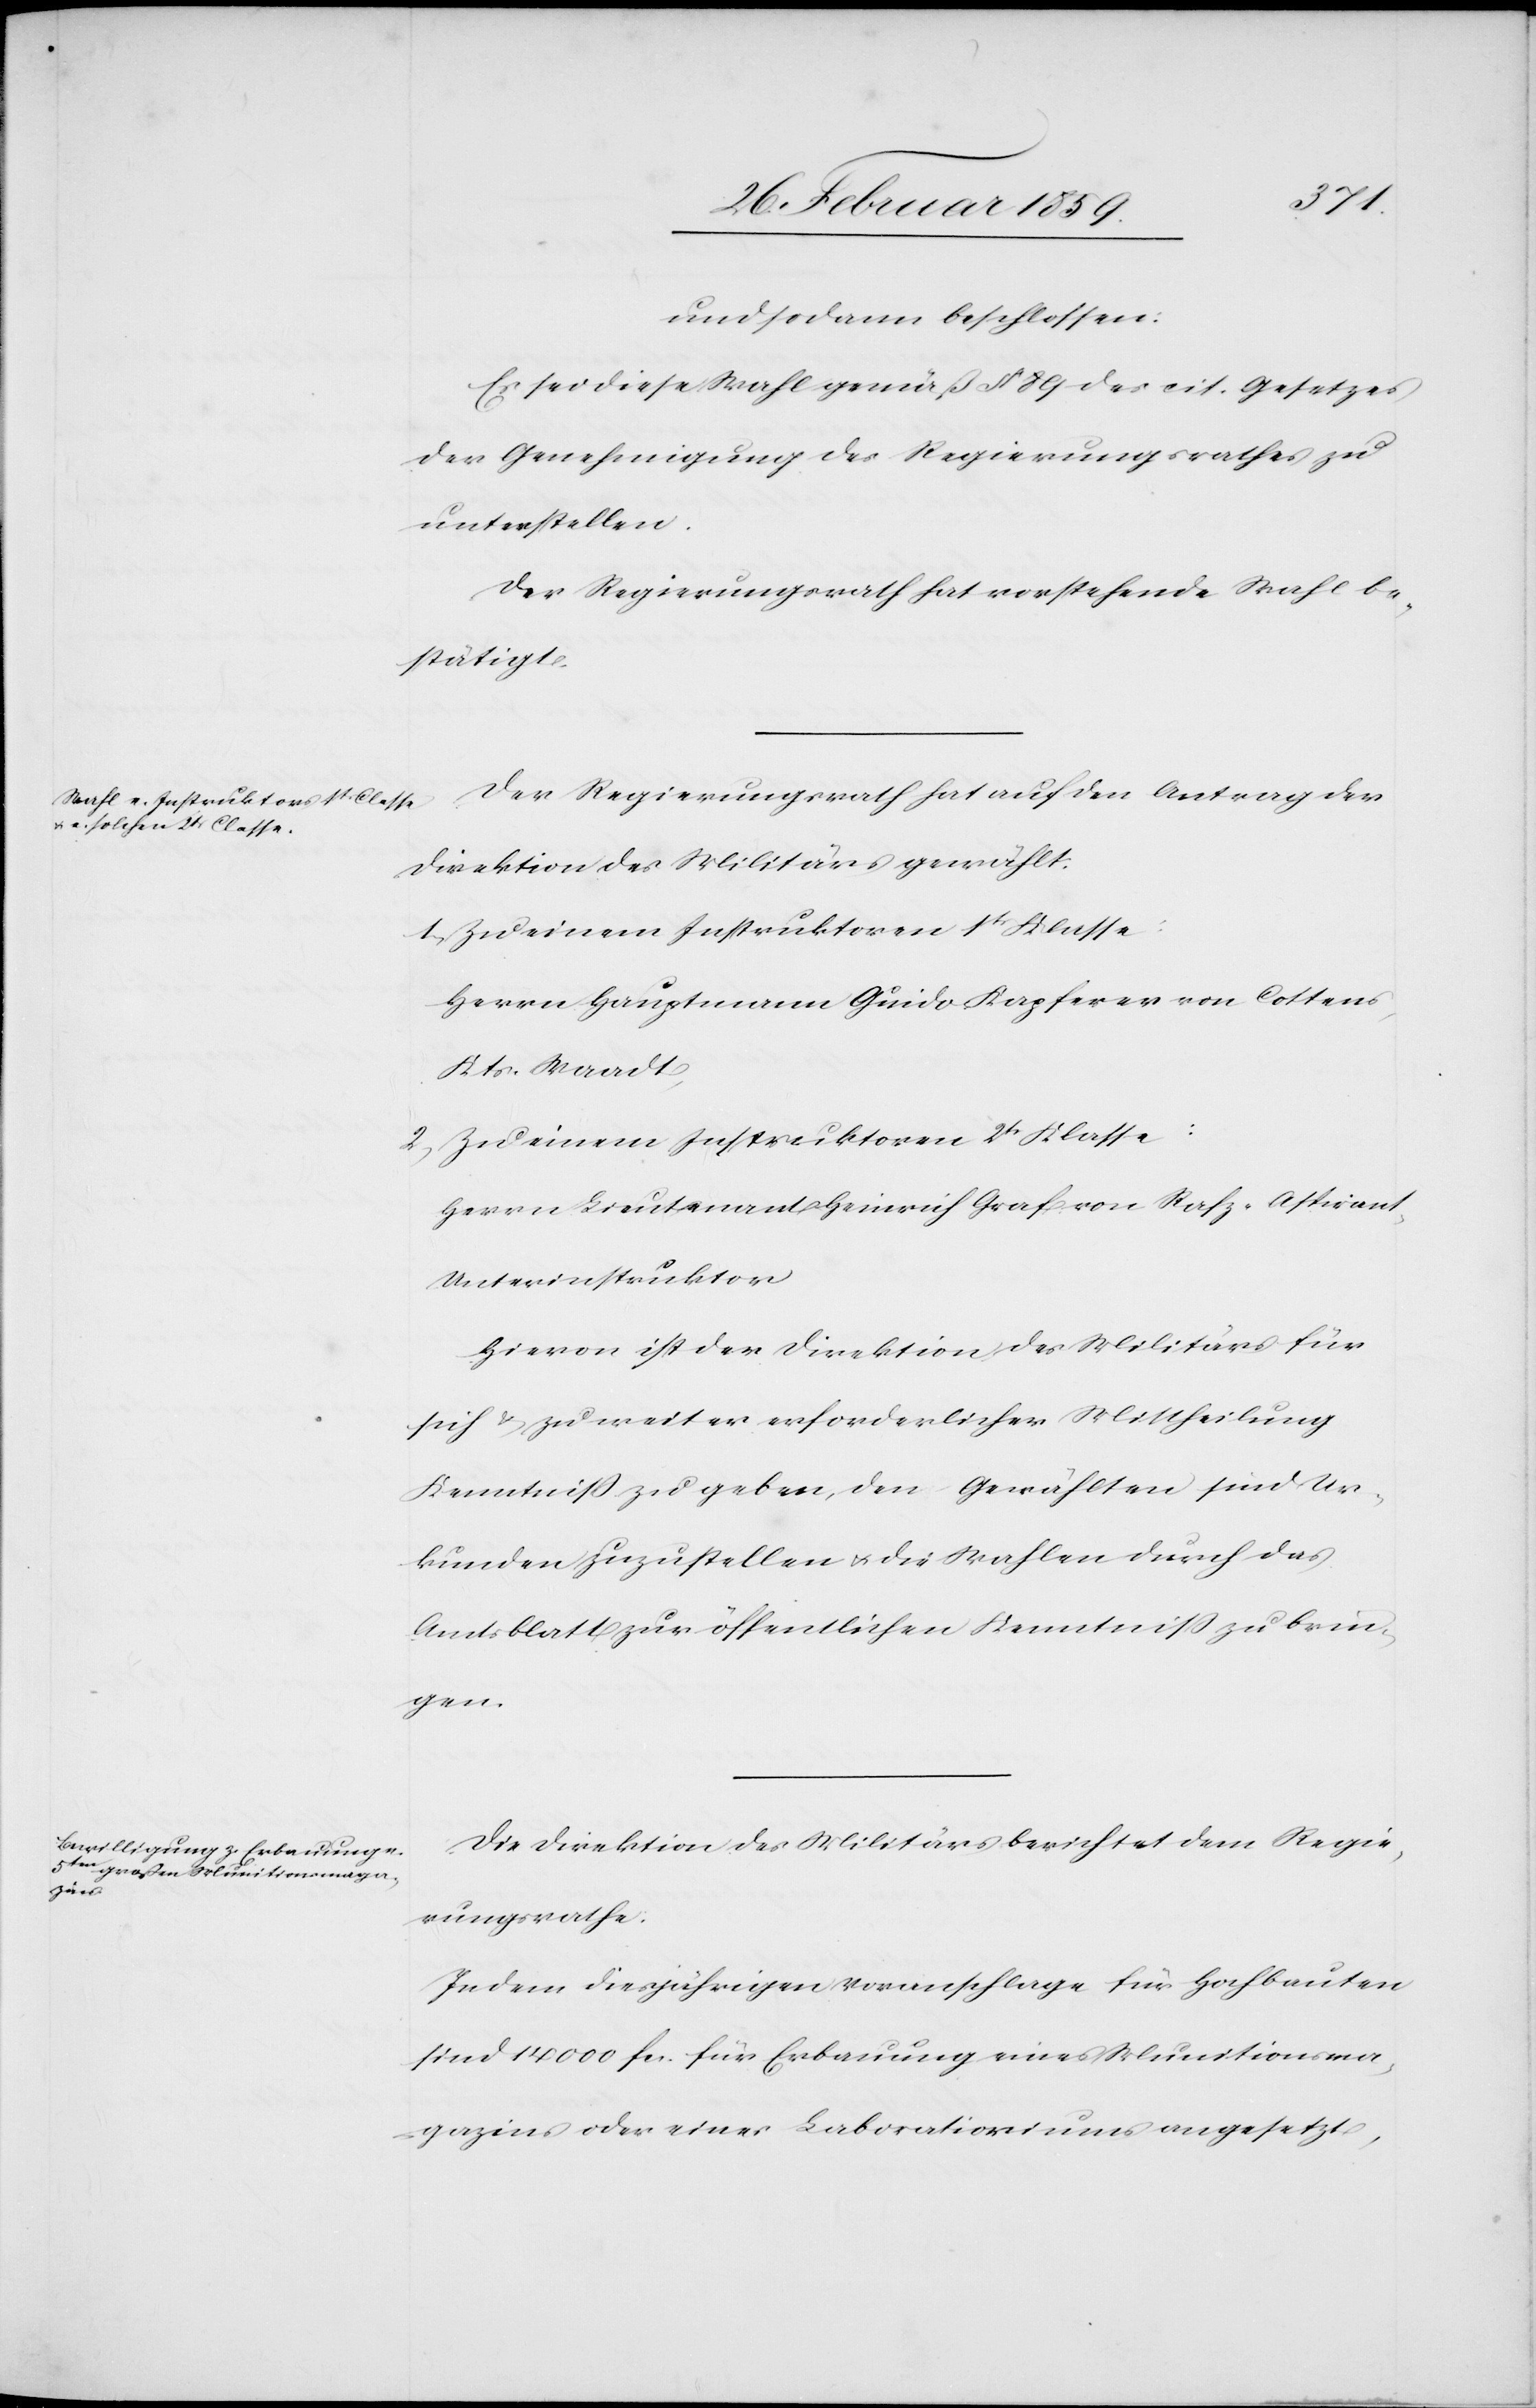
und sodann beschlossen:
Es sei diese Wahl gemäß § 89 des cit. Gesetzes
der Genehmigung des Regierungsrathes zu
unterstellen.
Der Regierungsrath hat vorstehende Wahl be¬
stätigt.
Der Regierungsrath hat auf den Antrag der
Direktion des Militärs gewählt:
1) Zu einem Instruktoren 1t. Klasse:
Herrn Hauptmann Guido Kapferer von Cottens,
Kts. Waadt,
2) Zu einem Instruktoren 2t. Klasse:
Herrn Lieutenant Heinrich Graf von Rafz, Aspiran¬
t-Unterinstruktor
Hievon ist der Direktion des Militärs für
sich u. zu weiter erforderlicher Mittheilung
Kenntniß zu geben, den Gewählten sind Ur¬
kunden zuzustellen u. die Wahlen durch das
Amtsblatt zur öffentlichen Kenntniß zu brin¬
gen.
Die Direktion des Militärs berichtet dem Regie¬
rungsrathe:
In dem diesjährigen Voranschlage für Hochbauten
sind 14 000 fcs. für Erbauung eines Munitionsma¬
gazins oder eines Laboratioriums [sic!] angesetzt,